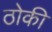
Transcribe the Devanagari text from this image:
ठोकी